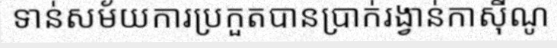
ទាន់សម័យការប្រកួតបានប្រាក់រង្វាន់កាស៊ីណូ